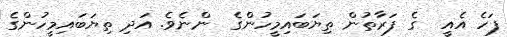
ފަހެ އެއީ  ގެ ފަރާތުން ތިޔަބައިމީހުންގެ  ންނެވެ. އަދި ތިޔަބައިމީހުންގެ